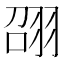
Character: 䎄